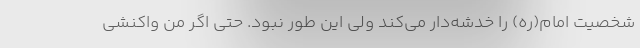
شخصیت امام(ره) را خدشه‌دار می‌کند ولی این‌ طور نبود. حتی اگر من واکنشی